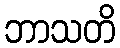
ဘာသတိ